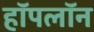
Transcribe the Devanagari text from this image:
हॉपलॉन